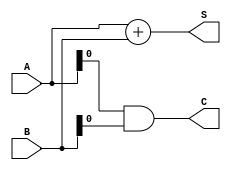
module CSLA(S, C, A, B);

input [7:0] A, B;
output [7:0] S;
output C;

assign S = A + B;
assign C = (A & B);

endmodule